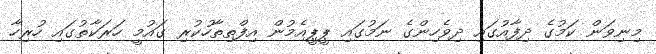
މިނިވަން ކަމުގެ ދިފާއުގައި ދިވެހިންގެ ނަމުގައި ޕީޕީއެމުން އިފްތިތާހުކުރި ގައުމީ ހަރަކާތުގައި ހުރިހާ